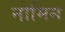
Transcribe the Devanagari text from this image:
नोमिन